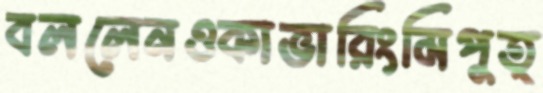
বললেনওকাভারিংমিপুত্